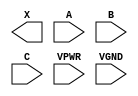
module sky130_fd_sc_hs__xor3 (
    X   ,
    A   ,
    B   ,
    C   ,
    VPWR,
    VGND
);

    output X   ;
    input  A   ;
    input  B   ;
    input  C   ;
    input  VPWR;
    input  VGND;
endmodule